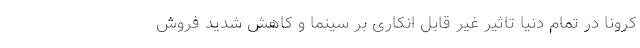
کرونا در تمام دنیا تاثیر غیر قابل انکاری بر سینما و کاهش شدید فروش